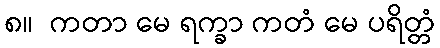
၈။  ကတာ မေ ရက္ခာ ကတံ မေ ပရိတ္တံ